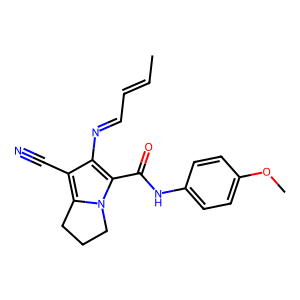
SMILES: CC=CC=Nc1c(C#N)c2n(c1C(=O)Nc1ccc(OC)cc1)CCC2
Inhibits HIV replication: No